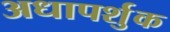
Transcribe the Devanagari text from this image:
अधापर्शुक